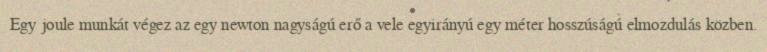
Egy joule munkát végez az egy newton nagyságú erő a vele egyirányú egy méter hosszúságú elmozdulás közben.